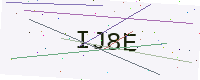
Text: IJ8E